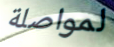
لمواصلة